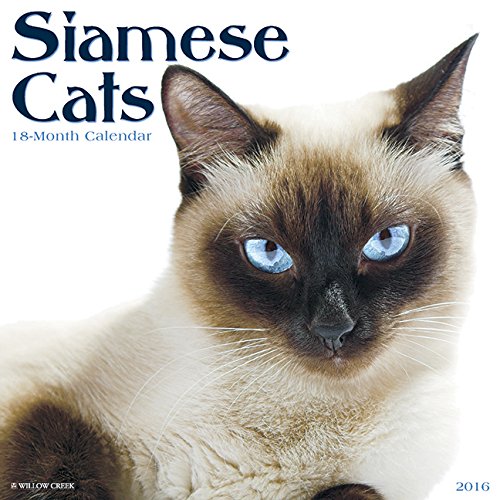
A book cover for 2016 Siamese Cats Wall Calendar; Willow Creek Press; Calendars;